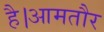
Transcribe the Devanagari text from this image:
है।आमतौर